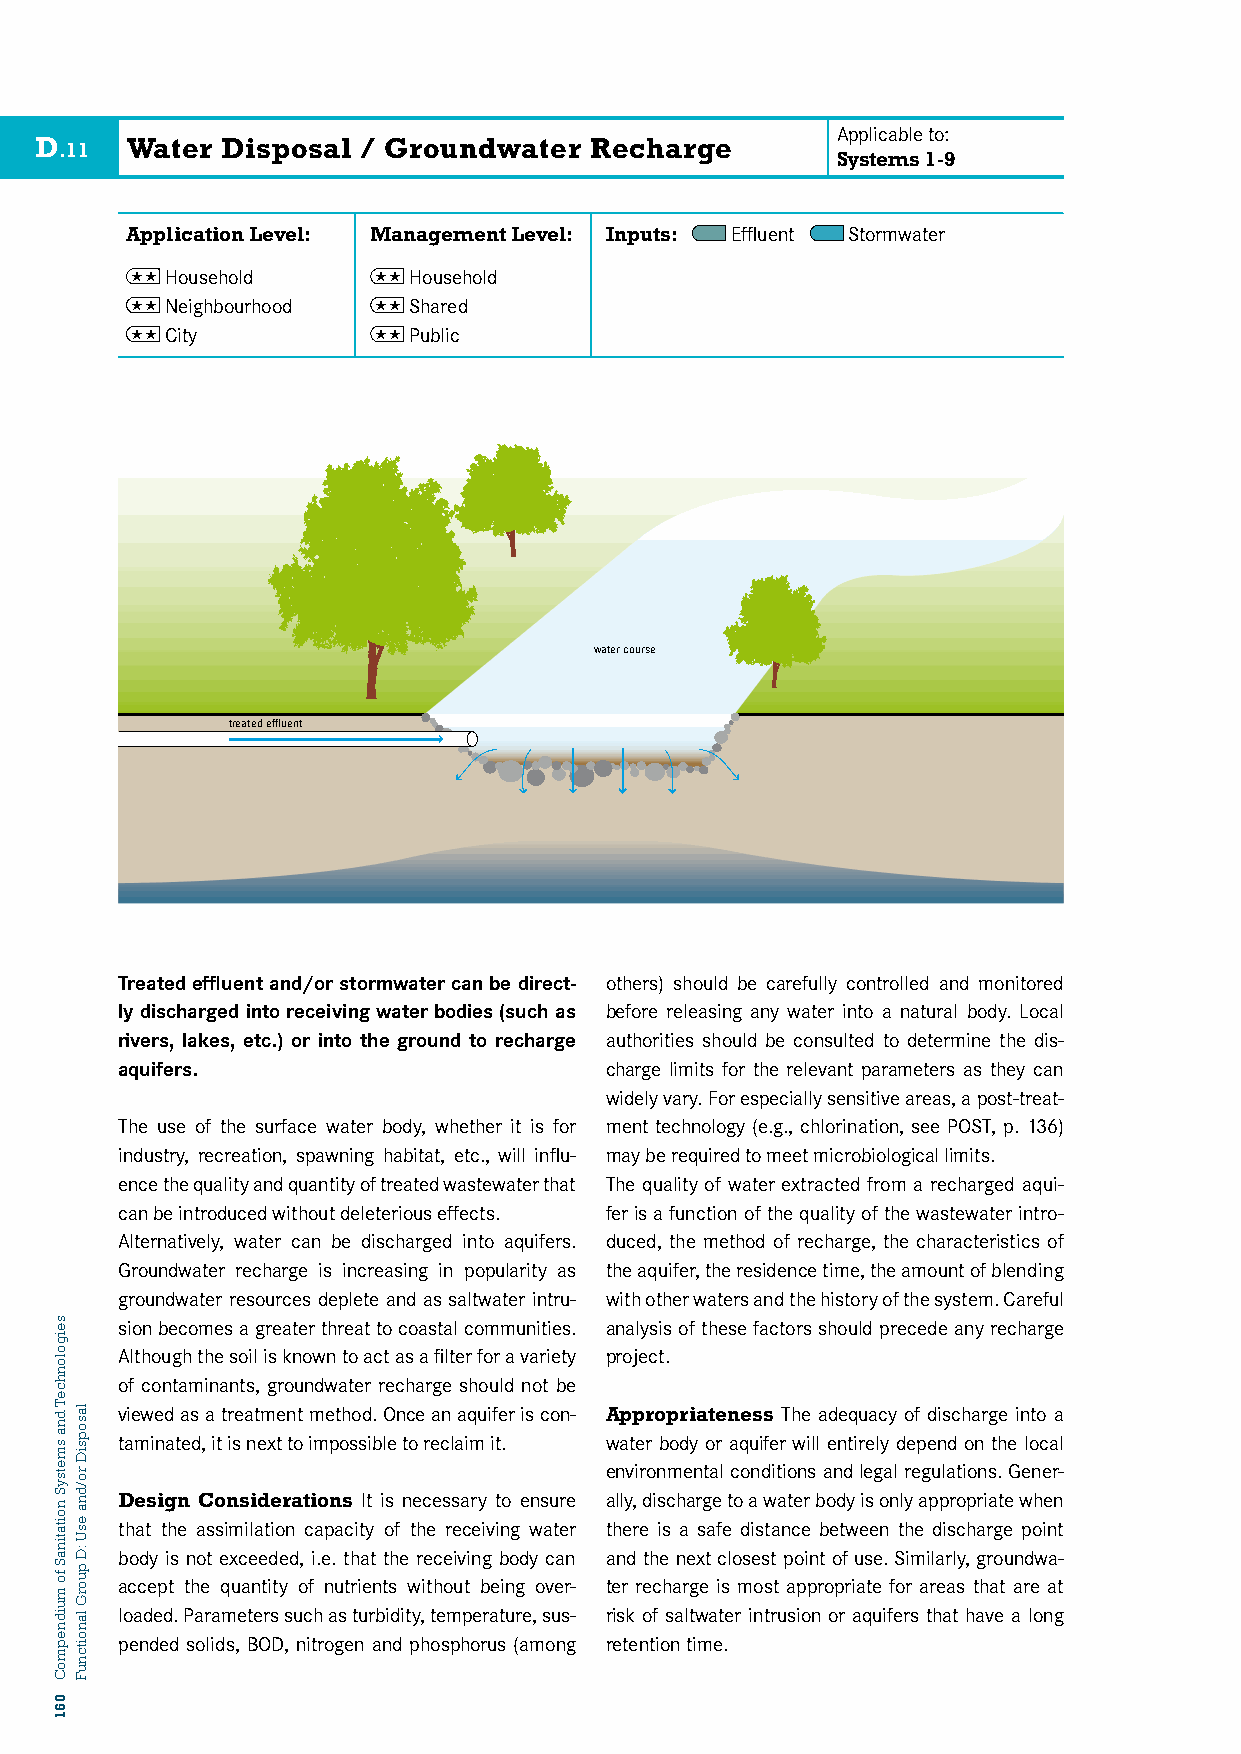
Applicable to:
 D     Water  Disposal / Groundwater  Recharge
 .11
 Systems 1-9
 Application Level: Management Level: Inputs: Effluent Stormwater
  Household     Household
  Neighbourhood  Shared
 D10 :C WityATER DISPOSAL/GW P uRbElicCHARGE 135
 water course
 treated effluent
 Treated effluent and/or stormwater can be direct- others) should be carefully controlled and monitored
 ly discharged into receiving water bodies (such as before releasing any water into a natural body. Local
 rivers, lakes, etc.) or into the ground to recharge authorities should be consulted to determine the dis-
 aquifers.                       charge limits for the relevant parameters as they can
 widely vary. For especially sensitive areas, a post-treat-
 The use of the surface water body, whether it is for ment technology (e.g., chlorination, see POST, p. 136)
 industry, recreation, spawning habitat, etc., will influ- may be required to meet microbiological limits.
 ence the quality and quantity of treated wastewater that The quality of water extracted from a recharged aqui-
 can be introduced without deleterious effects. fer is a function of the quality of the wastewater intro-
 Alternatively, water can be discharged into aquifers. duced, the method of recharge, the characteristics of
 Groundwater recharge is increasing in popularity as the aquifer, the residence time, the amount of blending
 groundwater resources deplete and as saltwater intru- with other waters and the history of the system. Careful
 sion becomes a greater threat to coastal communities. analysis of these factors should precede any recharge
 Although the soil is known to act as a filter for a variety project.
 of contaminants, groundwater recharge should not be
 viewed as a treatment method. Once an aquifer is con- Appropriateness The adequacy of discharge into a
 taminated, it is next to impossible to reclaim it. water body or aquifer will entirely depend on the local
 environmental conditions and legal regulations. Gener-
 Design Considerations It is necessary to ensure ally, discharge to a water body is only appropriate when
 that the assimilation capacity of the receiving water there is a safe distance between the discharge point
 body is not exceeded, i.e. that the receiving body can and the next closest point of use. Similarly, groundwa-
 accept the quantity of nutrients without being over- ter recharge is most appropriate for areas that are at
 loaded. Parameters such as turbidity, temperature, sus- risk of saltwater intrusion or aquifers that have a long
 pended solids, BOD, nitrogen and phosphorus (among retention time.
 seigolonhceT
 dna
 smetsyS
 noitatinaS
 fo
 muidnepmoC
 061
 lasopsiD
 ro/dna
 esU
 :D
 puorG
 lanoitcnuF